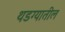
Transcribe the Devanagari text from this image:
थडग्यातील